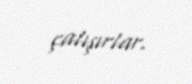
çalışırlar.